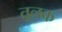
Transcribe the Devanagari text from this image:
तूलक